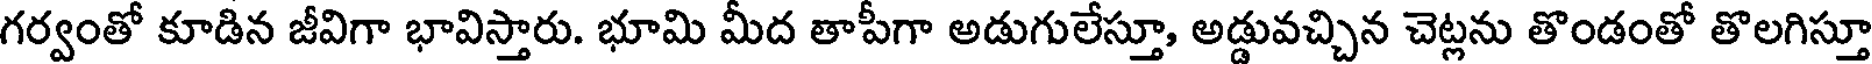
గర్వంతో కూడిన జీవిగా భావిస్తారు. భూమి మీద తాపీగా అడుగులేస్తూ, అడ్డువచ్చిన చెట్లను తొండంతో తొలగిస్తూ